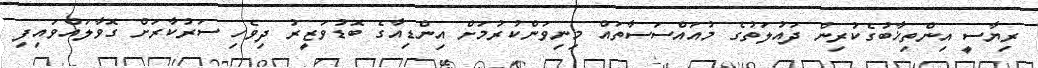
ރިޔާސީ އިންތިޚާބުގެކުރިން ދައުލަތުގެ މުއައްސަސާތައް މިނިވަންކުރުމަށް އިންޑިއާގެ ބޮޑުވަޒީރު ދިވެހި ސަރުކާރަށް ގޮވާލައްވައިފި